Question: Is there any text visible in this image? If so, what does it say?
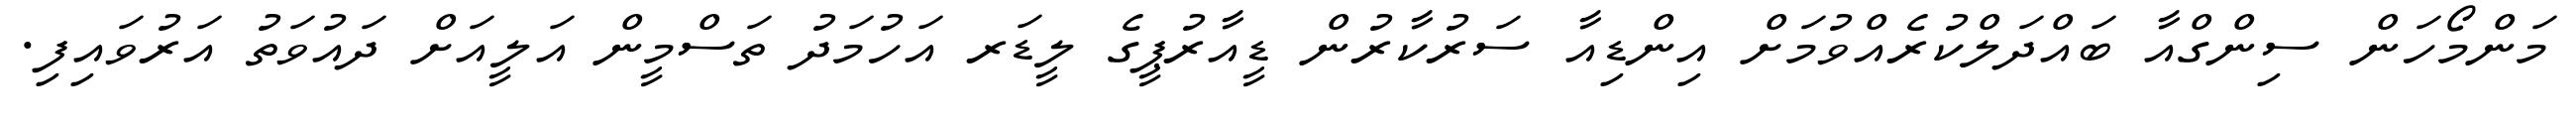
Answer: މަންމޯހަން ސިންގްއާ ބައްދަލްކުރެއްވުމަށް އިންޑިއާ ސަރުކާރުން ޑީއާރުޕީގެ ލީޑަރ އަހުމަދު ތަސްމީން އަލީއަށް ދައުވަތު އަރުވައިފި.